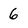
Character: 6